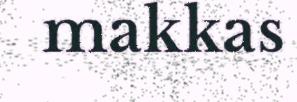
makkas